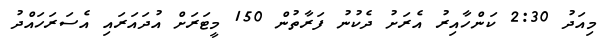
މިއަދު 2:30 ކަންހާއިރު އެރަށު ދެކުނު ފަރާތުން 150 މީޓަރަށް އުދައަރައި އެސަރަހައްދު